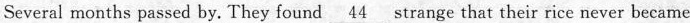
Several months passed by. They found \underline{44} strange that their rice never became